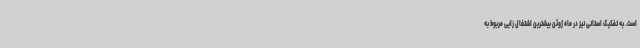
است. به تفکیک استانی نیز در ماه ژوئن بیشترین اشتغال زایی مربوط به